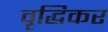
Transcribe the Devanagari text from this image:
वृद्धिकर